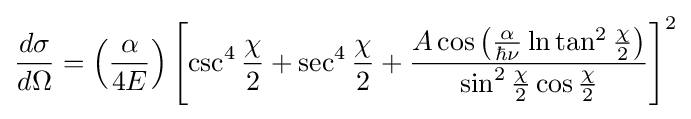
{\frac {d\sigma }{d\Omega }}=\left({\frac {\alpha }{4E}}\right)\left[\csc ^{4}{\frac {\chi }{2}}+\sec ^{4}{\frac {\chi }{2}}+{\frac {A\cos \left({\frac {\alpha }{\hbar \nu }}\ln \tan ^{2}{\frac {\chi }{2}}\right)}{\sin ^{2}{\frac {\chi }{2}}\cos {\frac {\chi }{2}}}}\right]^{2}